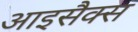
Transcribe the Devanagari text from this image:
आइसैक्स